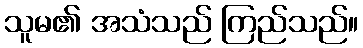
သူမ၏ အသံသည် ကြည်သည်။